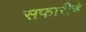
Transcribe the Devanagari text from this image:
सफारीचे